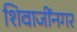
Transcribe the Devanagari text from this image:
शिवाजींनगर